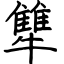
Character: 犨